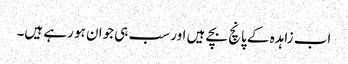
اب زاہدہ کے پانچ بچے ہیں اور سب ہی جوان ہو رہے ہیں۔